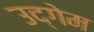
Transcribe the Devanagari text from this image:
उद्गेम